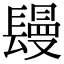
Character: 𨲩